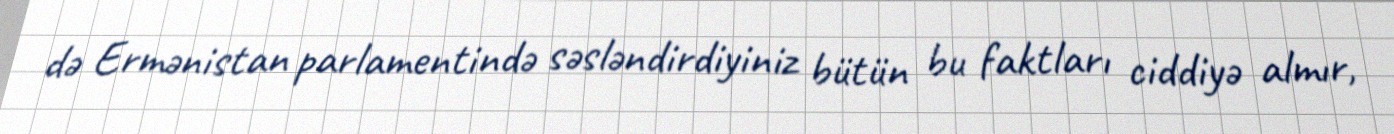
də Ermənistan parlamentində səsləndirdiyiniz bütün bu faktları ciddiyə almır,